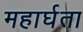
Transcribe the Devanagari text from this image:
महार्घता